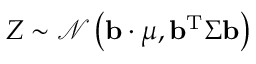
Z \sim { \mathcal { N } } \left( \mathbf { b } \cdot { \boldsymbol { \mu } } , \mathbf { b } ^ { \mathrm { { T } } } { \boldsymbol { \Sigma } } \mathbf { b } \right)